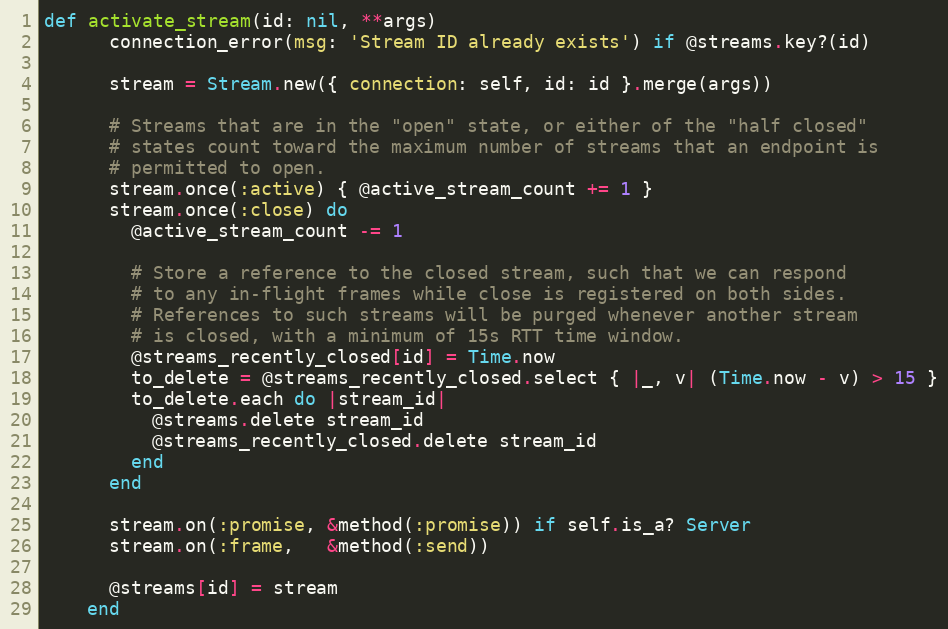
Language: Ruby
def activate_stream(id: nil, **args)
      connection_error(msg: 'Stream ID already exists') if @streams.key?(id)

      stream = Stream.new({ connection: self, id: id }.merge(args))

      # Streams that are in the "open" state, or either of the "half closed"
      # states count toward the maximum number of streams that an endpoint is
      # permitted to open.
      stream.once(:active) { @active_stream_count += 1 }
      stream.once(:close) do
        @active_stream_count -= 1

        # Store a reference to the closed stream, such that we can respond
        # to any in-flight frames while close is registered on both sides.
        # References to such streams will be purged whenever another stream
        # is closed, with a minimum of 15s RTT time window.
        @streams_recently_closed[id] = Time.now
        to_delete = @streams_recently_closed.select { |_, v| (Time.now - v) > 15 }
        to_delete.each do |stream_id|
          @streams.delete stream_id
          @streams_recently_closed.delete stream_id
        end
      end

      stream.on(:promise, &method(:promise)) if self.is_a? Server
      stream.on(:frame,   &method(:send))

      @streams[id] = stream
    end